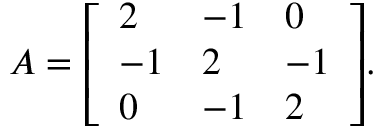
A = { \left[ \begin{array} { l l l } { 2 } & { - 1 } & { 0 } \\ { - 1 } & { 2 } & { - 1 } \\ { 0 } & { - 1 } & { 2 } \end{array} \right] } .